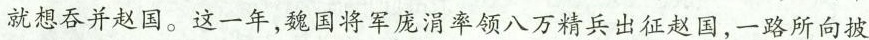
就想吞并赵国。这一年，魏国将军庞涓率领八万精兵出征赵国，一路所向披